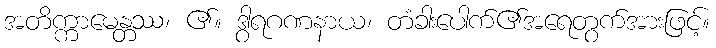
အတိက္ကာမေန္တဿ၊ ၏။ ဒွါရဂဏနာယ၊ တံခါးပေါက်၏အရေတွက်အားဖြင့်။